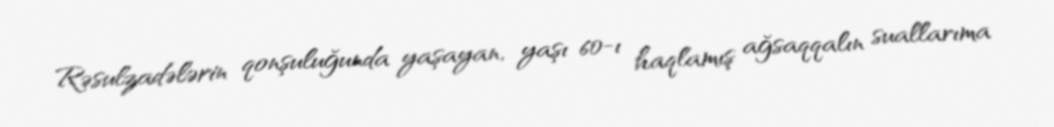
Rəsulzadələrin qonşuluğunda yaşayan, yaşı 60-ı haqlamış ağsaqqalın suallarıma